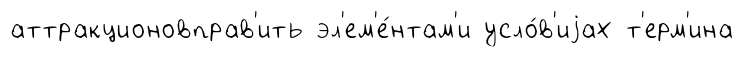
аттракционовправ'ить эл'ем'е́нтам'и усло́в'иjах т'ерм'ина